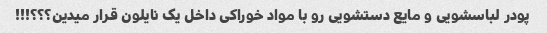
پودر لباسشویی و مایع دستشویی رو با مواد خوراکی داخل یک نایلون قرار میدین؟؟؟!!!